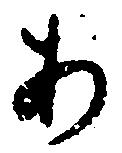
あ